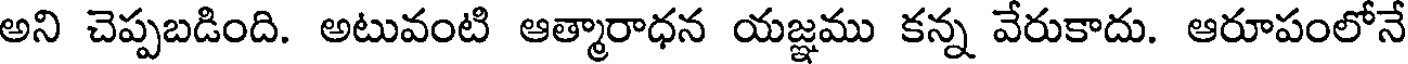
అని చెప్పబడింది. అటువంటి ఆత్మారాధన యజ్ఞము కన్న వేరుకాదు. ఆరూపంలోనే